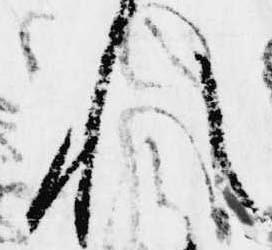
れ